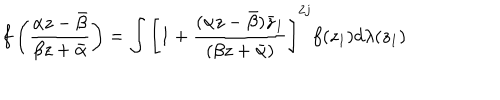
LaTeX: f \left( \frac { \alpha z - \bar { \beta } } { \beta z + \bar { \alpha } } \right) = \int \left[ 1 + \frac { ( \alpha z - \bar { \beta } ) \bar { z } _ { 1 } } { ( \beta z + \bar { \alpha } ) } \right] ^ { 2 j } f ( z _ { 1 } ) d \lambda ( z _ { 1 } )